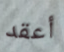
أعقد